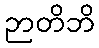
ဉာတိဘိ